Leaving Certificate Examination (including Day School Certificate (Higher) General paper), 1935
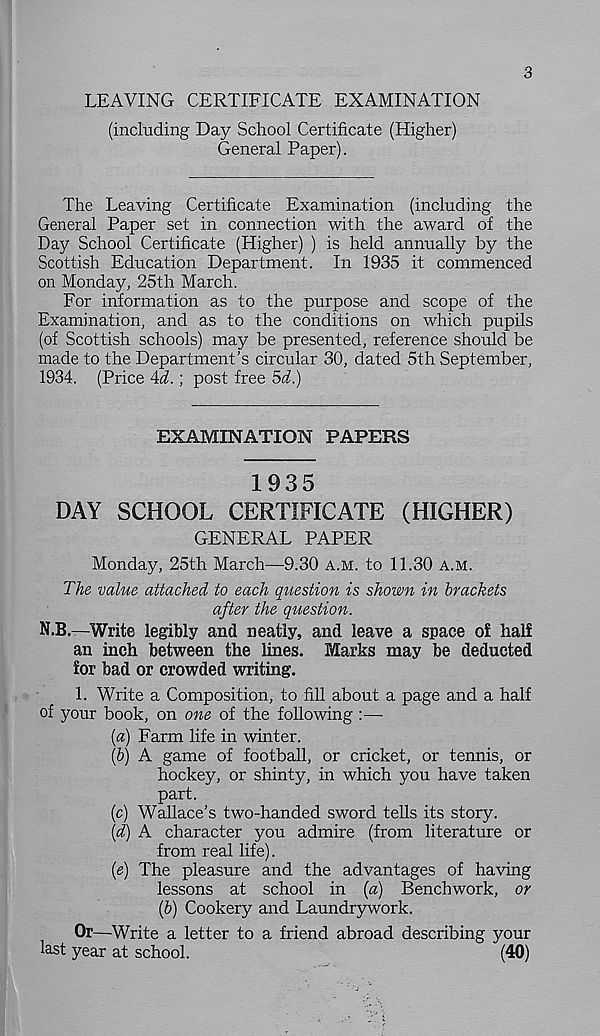
3
LEAVING CERTIFICATE EXAMINATION
(including Day School Certificate (Higher)
General Paper).
The Leaving Certificate Examination (including the
General Paper set in connection with the award of the
Day School Certificate (Higher) ) is held annually by the
Scottish Education Department. In 1935 it commenced
on Monday, 25th March.
For information as to the purpose and scope of the
Examination, and as to the conditions on which pupils
(of Scottish schools) may be presented, reference should be
made to the Department’s circular 30, dated 5th September,
1934. (Price 4d.; post free 5d.)
EXAMINATION PAPERS
1935
DAY SCHOOL CERTIFICATE (HIGHER)
GENERAL PAPER
Monday, 25th March—9.30 A.M. to 11.30 A.M.
The value attached to each question is shown in brackets
after the question.
N.B.—Write legibly and neatly, and leave a space oS half
an inch between the lines. Marks may be deducted
for bad or crowded writing.
1. Write a Composition, to fill about a page and a half
of your book, on one of the following :—
(a) Farm life in winter.
(b) A game of football, or cricket, or tennis, or
hockey, or shinty, in which you have taken
part.
(c) Wallace’s two-handed sword tells its story.
{d) A character you admire (from literature or
from real life).
(e) The pleasure and the advantages of having
lessons at school in (a) Benchwork, or
(b) Cookery and Laundrywork.
Or—Write a letter to a friend abroad describing your
last year at school.
(40)